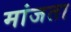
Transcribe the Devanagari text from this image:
मांजता